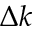
\Delta k